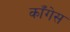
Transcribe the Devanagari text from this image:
काँगेस